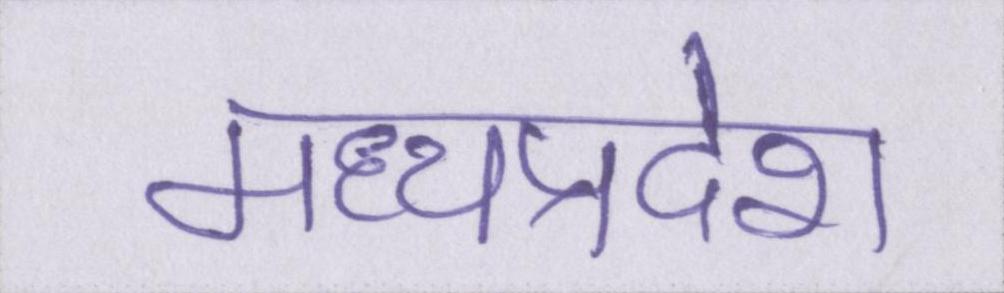
मध्यप्रदेश